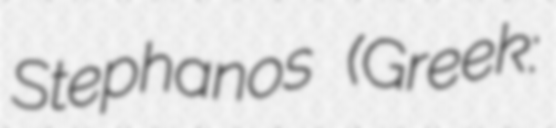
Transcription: Stephanos (Greek: